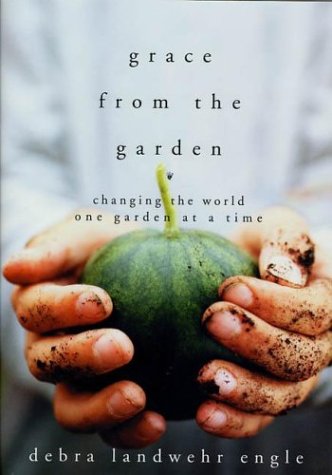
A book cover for Grace from the Garden: Changing the World One Garden at a Time; Debra Landwehr Engle; Crafts, Hobbies & Home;